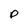
Character: p